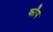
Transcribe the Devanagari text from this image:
कॉँप